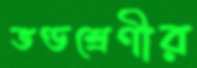
ভণ্ডশ্রেণীর